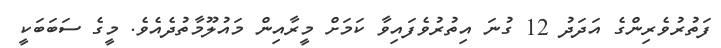
ފަތުރުވެރިންގެ އަދަދު 12 ގުނަ އިތުރުވެފައިވާ ކަމަށް މީރާއިން މައުލޫމާތުދެއެވެ. މީގެ ސަބަބަކީ